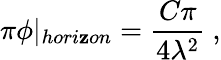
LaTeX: \pi\phi\vert_{hori\mathbf{z}on}=\frac{{C\pi}}{{4\lambda^{2}}}\ ,